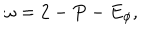
\omega = 2 - P - E _ { \phi } ,